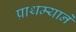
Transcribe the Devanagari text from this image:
प्राथम्याने